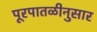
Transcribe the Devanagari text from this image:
पूरपातळीनुसार